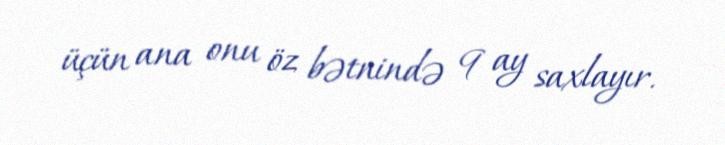
üçün ana onu öz bətnində 9 ay saxlayır.